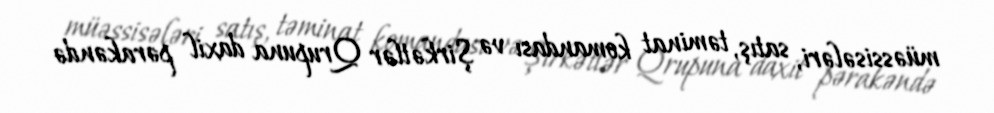
müəssisələri, satış, təminat komandası və Şirkətlər Qrupuna daxil pərakəndə